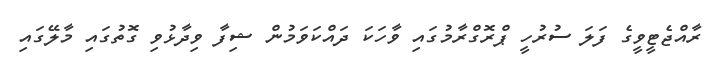
ރާއްޖެޓީވީގެ ފަލަ ސުރުހީ ޕްރޮގްރާމުގައި ވާހަކަ ދައްކަވަމުން ޝިފާ ވިދާޅުވި ގޮތުގައި މާލޭގައި